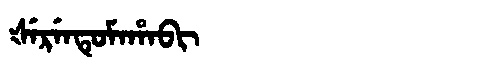
Manchu: ᡧᡝᡵᡝᠨᡨᡠᠮᠠᡥᠠᠪᡳ
Romanization: ŠERENTUMAHABI